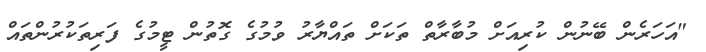
"އަހަރެން ބޭނުން ކުރިއަށް މުބާރާތް ތަކަށް ތައްޔާރު ވުމުގެ ގޮތުން ޓީމުގެ ފަރިތަކުރުންތައް